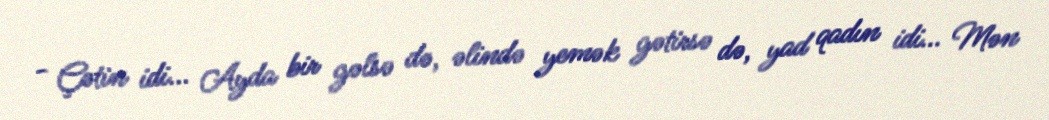
- Çətin idi... Ayda bir gəlsə də, əlində yemək gətirsə də, yad qadın idi... Mən